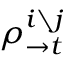
\rho _ { \rightarrow t } ^ { i \setminus j }